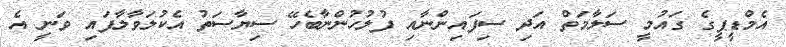
އެމްޑީޕީގެ ގައުމީ ސަލާމަތް އަދި ސިފައިންނާއި ފުލުހުންނާބެހޭ ސިޔާސަތު އެކުލަވާލާފައި ވަނީ އެ